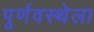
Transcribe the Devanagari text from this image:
पूर्णवस्थेला